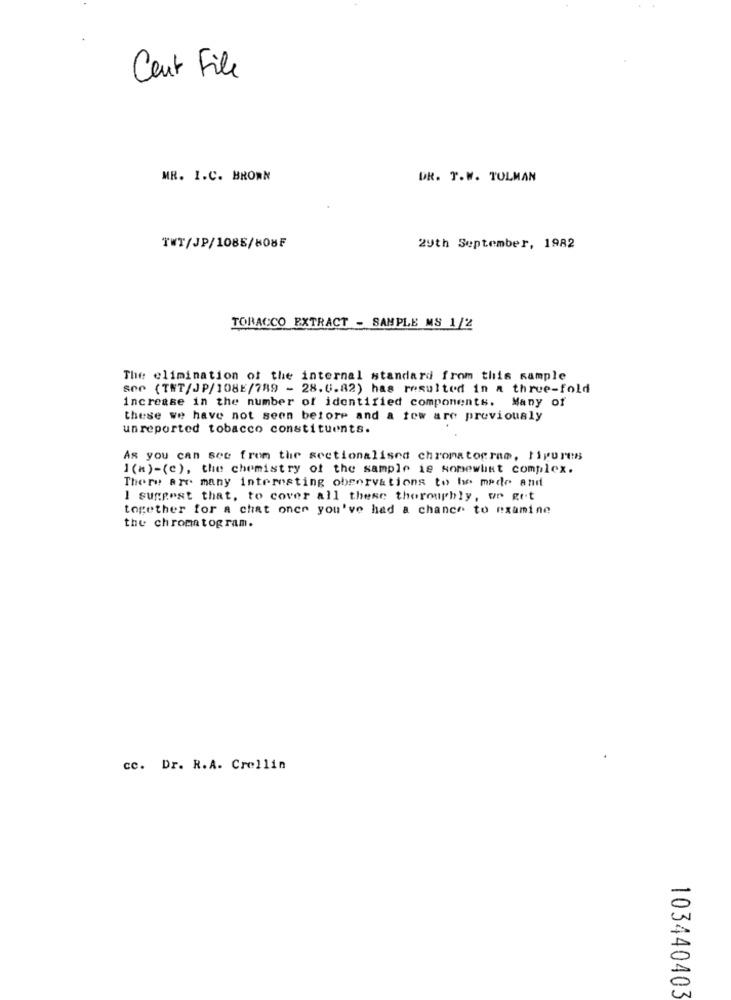
Cent File
MR. I.C. BROWN
DR. T.W. TULMAN
TWT/JP/108E/808F
29th September, 1982
TORACCO EXTRACT - SAMPLE MS 1/2
The elimination of the internal standard from this sample
ser (TET/JP/108E/789 - 28.6.82) has resulted in a three-fold
increase in the number of identified components. Many of
these we have not seen before and a few are previously
unreported tobacco constituents.
As you can see from the sectionalised chromatocram, figures
1 (=)-(c), the chemistry of the sample is somewhat complex.
There are many interesting observations to he made and
I suggest that, to cover all these thoroughly, or get
together for a chat once you've had a chance to examine
the chromatogram.
cc. Dr. R.A. Crellin
103440403